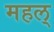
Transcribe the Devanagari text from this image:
महल्